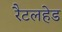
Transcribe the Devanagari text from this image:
रैटलहेड